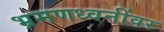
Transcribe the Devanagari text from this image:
भ्रमणध्वनींवर